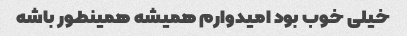
خیلی خوب بود امیدوارم همیشه همینطور باشه